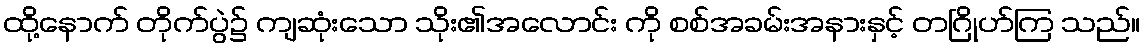
ထို့နောက် တိုက်ပွဲ၌ ကျဆုံးသော သိုး၏အလောင်း ကို စစ်အခမ်းအနားနှင့် တဂြိုဟ်ကြ သည်။